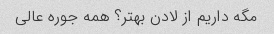
مگه داریم از لادن بهتر؟ همه جوره عالی